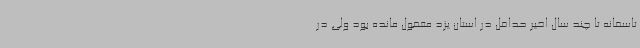
تاسفانه تا چند سال اخیر حداقل در استان یزد مغفول مانده بود ولی در